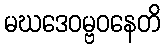
မဃဒေဝမ္ဗဝနေတိ